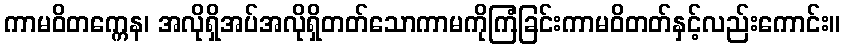
ကာမဝိတက္ကေန၊ အလိုရှိအပ်အလိုရှိတတ်သောကာမကိုကြံခြင်းကာမဝိတတ်နှင့်လည်းကောင်း။